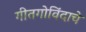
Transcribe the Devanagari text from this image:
गीतगोविंदाचे